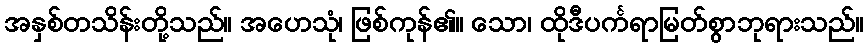
အနှစ်တသိန်းတို့သည်။ အဟေသုံ၊ ဖြစ်ကုန်၏။ သော၊ ထိုဒီပင်္ကရာမြတ်စွာဘုရားသည်။